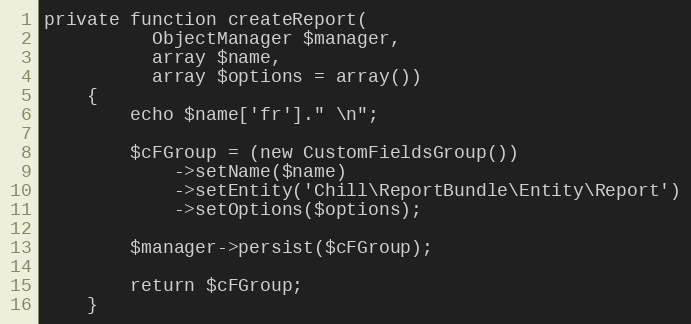
Language: PHP
private function createReport(
          ObjectManager $manager,
          array $name,
          array $options = array())
    {
        echo $name['fr']." \n";

        $cFGroup = (new CustomFieldsGroup())
            ->setName($name)
            ->setEntity('Chill\ReportBundle\Entity\Report')
            ->setOptions($options);

        $manager->persist($cFGroup);

        return $cFGroup;
    }